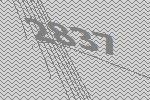
2837